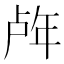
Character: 𰏧